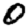
Digit: 0